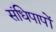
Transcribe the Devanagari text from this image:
संधिपापों